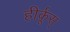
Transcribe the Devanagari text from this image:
हीर्कूस्